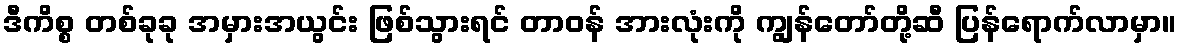
ဒီကိစ္စ တစ်ခုခု အမှားအယွင်း ဖြစ်သွားရင် တာဝန် အားလုံးကို ကျွန်တော်တို့ဆီ ပြန်ရောက်လာမှာ။